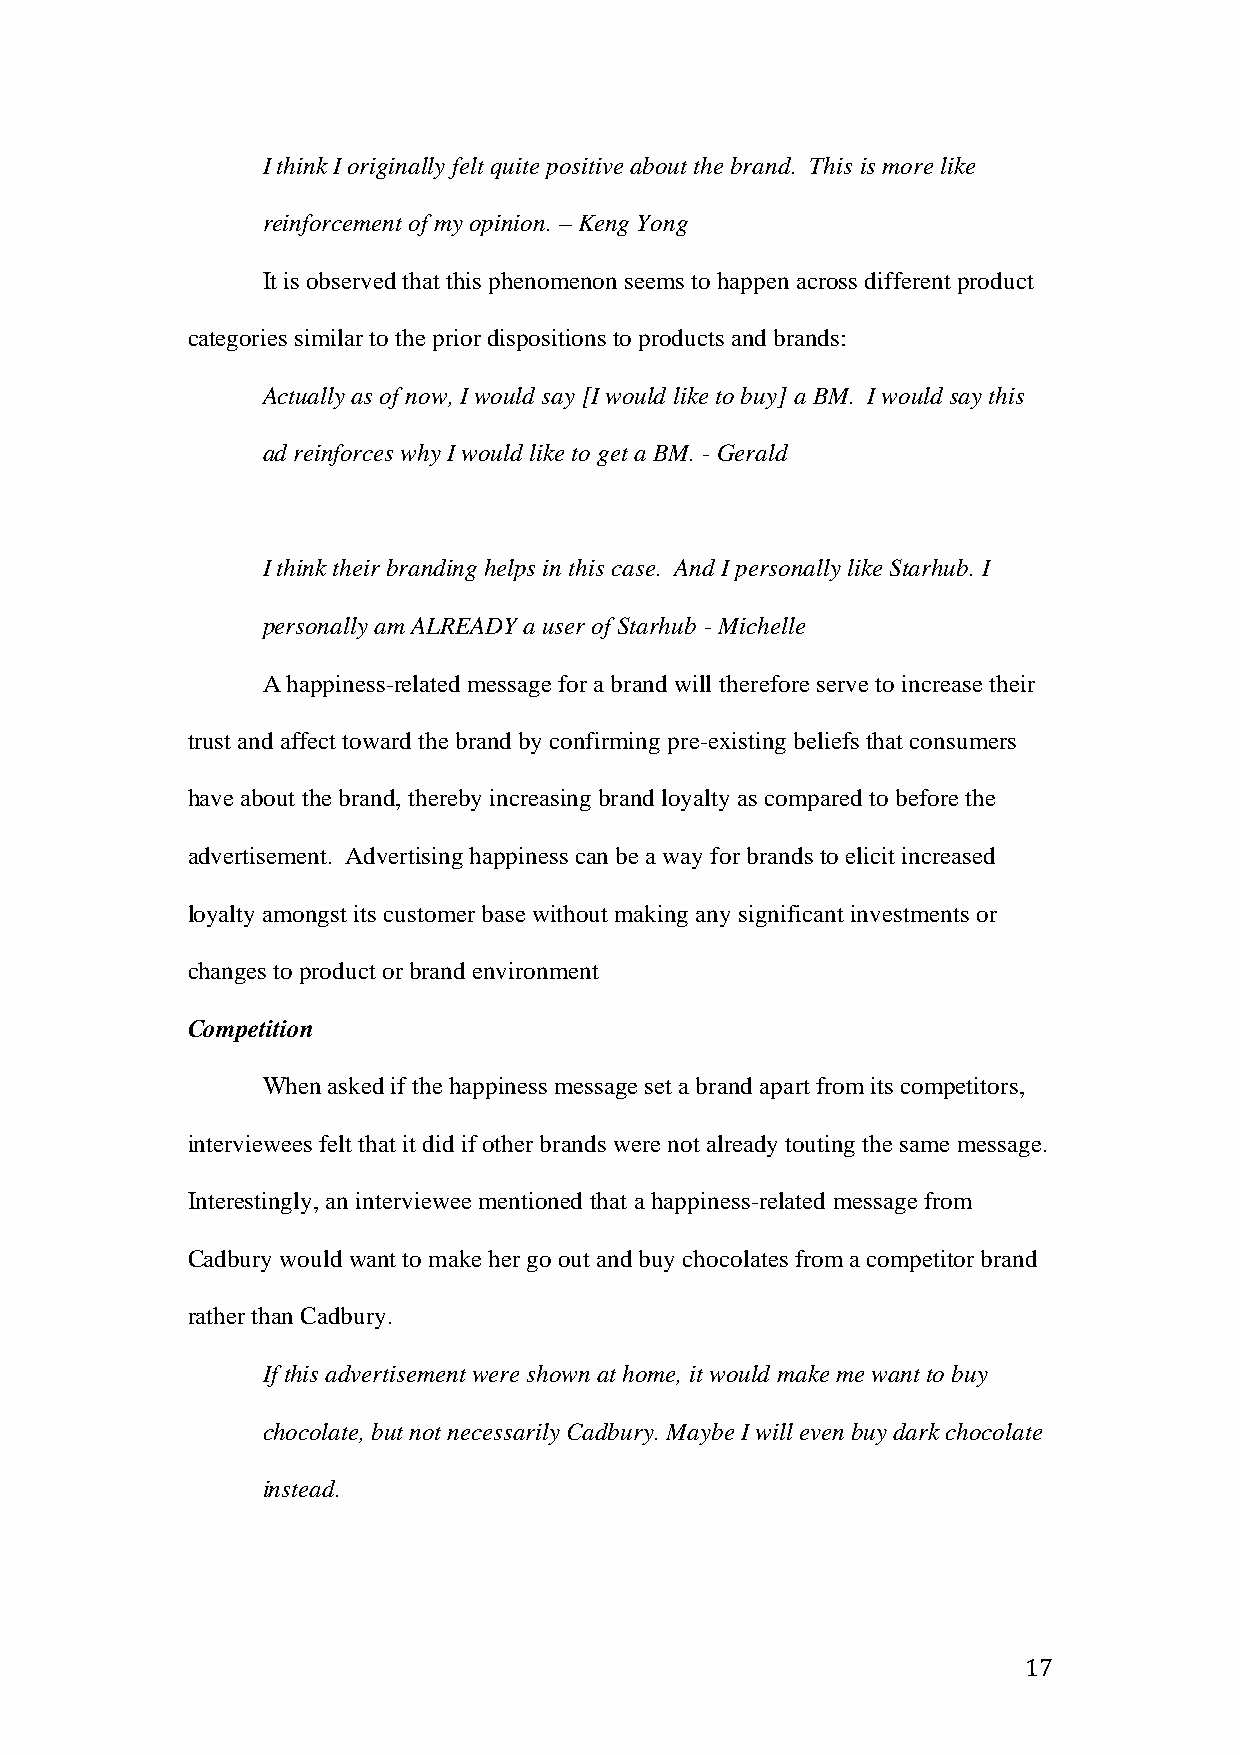
I think I originally felt quite positive about the brand. This is more like
 reinforcement of my opinion. – Keng Yong
 It is observed that this phenomenon seems to happen across different product
 categories similar to the prior dispositions to products and brands:
 Actually as of now, I would say [I would like to buy] a BM. I would say this
 ad reinforces why I would like to get a BM. - Gerald
 I think their branding helps in this case. And I personally like Starhub. I
 personally am ALREADY a user of Starhub - Michelle
 A happiness-related message for a brand will therefore serve to increase their
 trust and affect toward the brand by confirming pre-existing beliefs that consumers
 have about the brand, thereby increasing brand loyalty as compared to before the
 advertisement. Advertising happiness can be a way for brands to elicit increased
 loyalty amongst its customer base without making any significant investments or
 changes to product or brand environment
 Competition
 When asked if the happiness message set a brand apart from its competitors,
 interviewees felt that it did if other brands were not already touting the same message.
 Interestingly, an interviewee mentioned that a happiness-related message from
 Cadbury would want to make her go out and buy chocolates from a competitor brand
 rather than Cadbury.
 If this advertisement were shown at home, it would make me want to buy
 chocolate, but not necessarily Cadbury. Maybe I will even buy dark chocolate
 instead.
 17